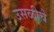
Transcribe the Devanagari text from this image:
उसळीचे